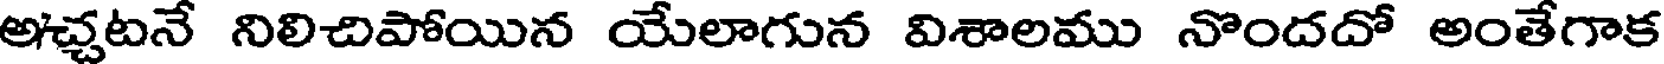
అచ్చటనే నిలిచిపోయిన యేలాగున విశాలము నొందదో అంతేగాక